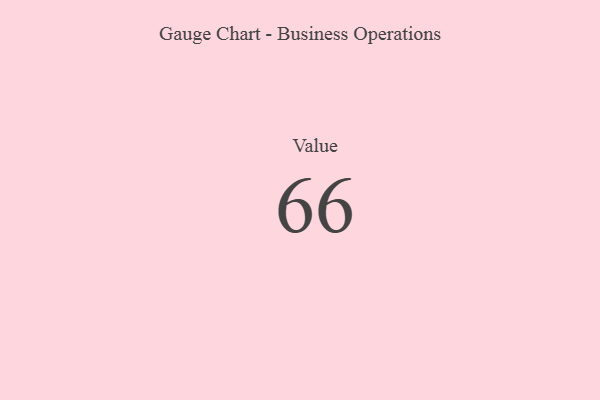
{"axis": {"x": "Metric", "y": "Value"}, "legend": [""], "data": [{"x": "Value", "y": 66, "type": ""}]}